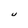
Character: U